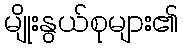
မျိုးနွယ်စုများ၏